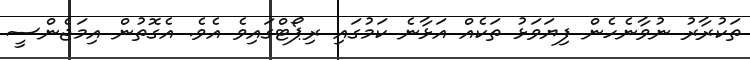
ތަކުރާރު ނުވާނެހެން ފިޔަވަޅު ތަކެއް އަޅާނެ ކަމުގައި ރިޕޯޓްގައިވެ އެވެ. އެގޮތުން އިމަޖެންސީ